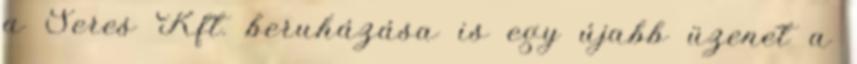
a Seres Kft. beruházása is egy újabb üzenet a